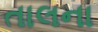
તાલના